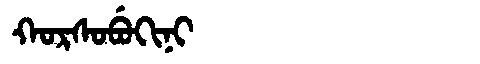
Manchu: ᡴᠣᡵᠰᠣᠪᡠᡴᡳᠨᡳ
Romanization: KORSOBUKINI